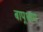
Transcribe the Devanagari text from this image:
बापूधाम